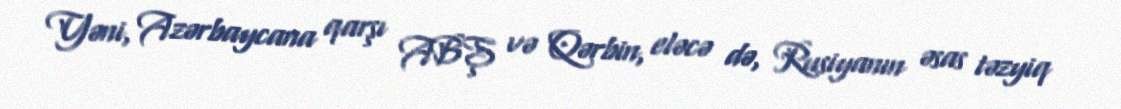
Yəni, Azərbaycana qarşı ABŞ və Qərbin, eləcə də, Rusiyanın əsas təzyiq